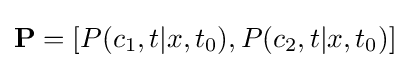
\mathbf {P} =[P(c_{1},t|x,t_{0}),P(c_{2},t|x,t_{0})]